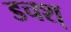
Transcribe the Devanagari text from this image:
डचश्